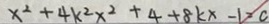
x ^ { 2 } + 4 k ^ { 2 } x ^ { 2 } + 4 + 8 k x - 1 = c